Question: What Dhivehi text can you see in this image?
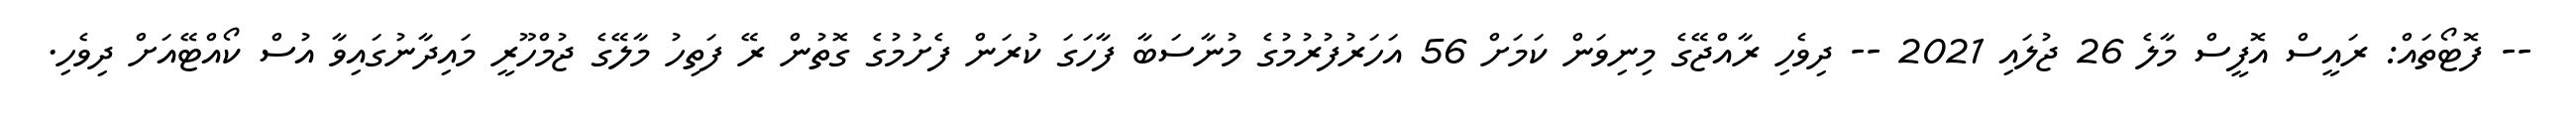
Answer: -- ފޮޓޯތައް: ރައީސް އޮފީސް މާލެ 26 ޖުލައި 2021 -- ދިވެހި ރާއްޖޭގެ މިނިވަން ކަމަށް 56 އަހަރުފުރުމުގެ މުނާސަބާ ފާހަގަ ކުރަން ފެށުމުގެ ގޮތުން ރޭ ފަތިހު މާލޭގެ ޖުމްހޫރީ މައިދާނުގައިވާ އުސް ކޯއްޓޭއަށް ދިވެހި.